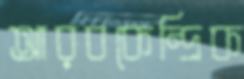
আরবকেন্দ্রিক